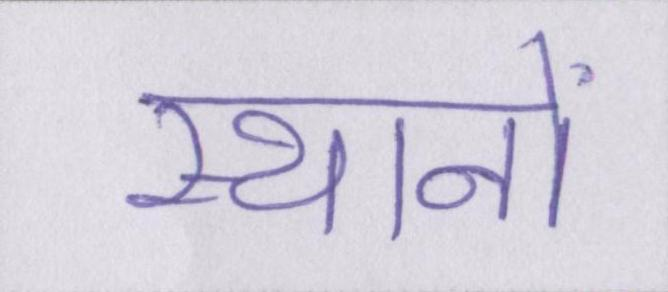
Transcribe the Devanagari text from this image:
स्थानों